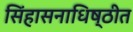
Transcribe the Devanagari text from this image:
सिंहासनाधिष्ठीत